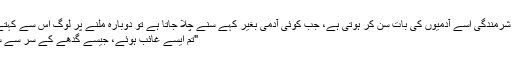
سخت شرمندگی اسے آدمیوں کی بات سُن کر ہوتی ہے، جب کوئی آدمی بغیر کہے سُنے چلا جاتا ہے تو دوبارہ ملنے پر لوگ اس سے کہتے ہیں:
"تم ایسے غائب ہوئے، جیسے گدھے کے سر سے سینگ۔